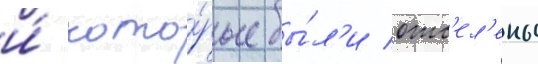
и́ кото́рые бы́л'и отс'ел'ены